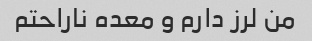
من لرز دارم و معده ناراحتم